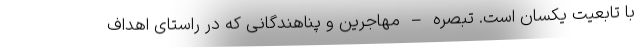
با تابعیت یکسان است. تبصره – مهاجرین و پناهندگانی که در راستای اهداف